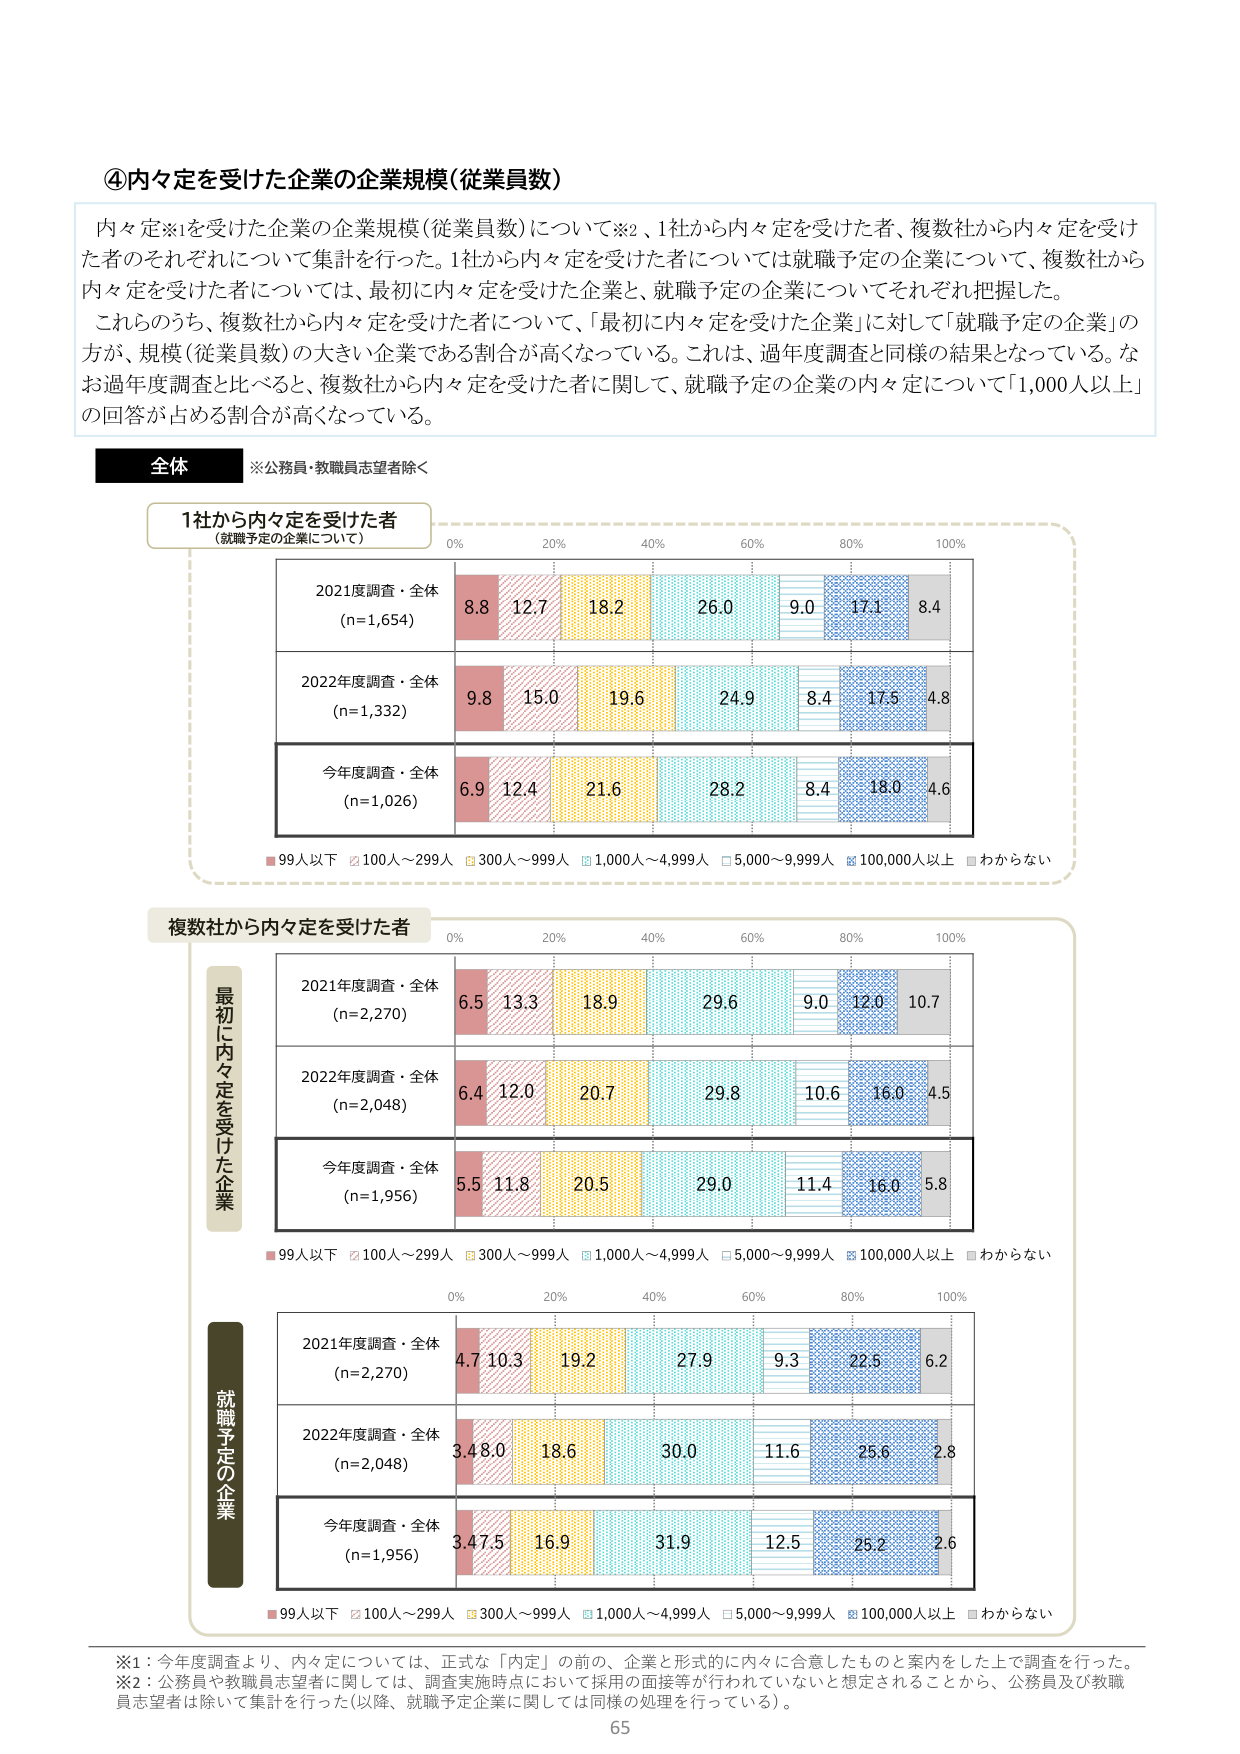
④内々定を受けた企業の企業規模（従業員数）

内々定※1を受けた企業の企業規模（従業員数）について※2、1社から内々定を受けた者、複数社から内々定を受けた者のそれぞれについて集計を行った。1社から内々定を受けた者については就職予定の企業について、複数社から内々定を受けた者については、最初に内々定を受けた企業と、就職予定の企業についてそれぞれ把握した。

これらのうち、複数社から内々定を受けた者について、「最初に内々定を受けた企業」に対して「就職予定の企業」の方が、規模（従業員数）の大きい企業である割合が高くなっている。これは、過年度調査と同様の結果となっている。なお過年度調査と比べると、複数社から内々定を受けた者に関して、就職予定の企業の内々定について「1,000人以上」の回答が占める割合が高くなっている。

全体 ※公務員・教職員志望者除く

1社から内々定を受けた者
（就職予定の企業について）

2021度調査・全体
(n=1,654)
8.8 12.7 18.2 26.0 9.0 17.1 8.4

2022年度調査・全体
(n=1,332)
9.8 15.0 19.6 24.9 8.4 17.5 4.8

今年度調査・全体
(n=1,026)
6.9 12.4 21.6 28.2 8.4 18.0 4.6

■99人以下 □100人～299人 ■300人～999人 ■1,000人～4,999人 □5,000～9,999人 ■100,000人以上 ■わからない

複数社から内々定を受けた者

最初に内々定を受けた企業

2021年度調査・全体
(n=2,270)
6.5 13.3 18.9 29.6 9.0 12.0 10.7

2022年度調査・全体
(n=2,048)
6.4 12.0 20.7 29.8 10.6 16.0 4.5

今年度調査・全体
(n=1,956)
5.5 11.8 20.5 29.0 11.4 16.0 5.8

■99人以下 □100人～299人 ■300人～999人 ■1,000人～4,999人 □5,000～9,999人 ■100,000人以上 ■わからない

就職予定の企業

2021年度調査・全体
(n=2,270)
4.7 10.3 19.2 27.9 9.3 22.5 6.2

2022年度調査・全体
(n=2,048)
3.4 8.0 18.6 30.0 11.6 25.6 2.8

今年度調査・全体
(n=1,956)
3.4 7.5 16.9 31.9 12.5 25.2 2.6

■99人以下 □100人～299人 ■300人～999人 ■1,000人～4,999人 □5,000～9,999人 ■100,000人以上 ■わからない

※1：今年度調査より、内々定については、正式な「内定」の前の、企業と形式的に内々に合意したものと案内をした上で調査を行った。
※2：公務員や教職員志望者に関しては、調査実施時点において採用の面接等が行われていないと想定されることから、公務員及び教職員志望者は除いて集計を行った（以降、就職予定企業に関しては同様の処理を行っている）。

65